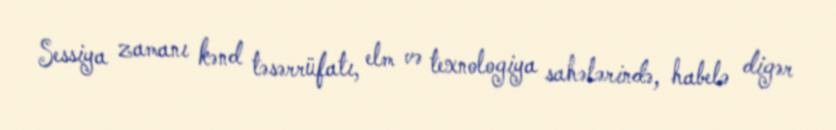
Sessiya zamanı kənd təsərrüfatı, elm və texnologiya sahələrində, habelə digər